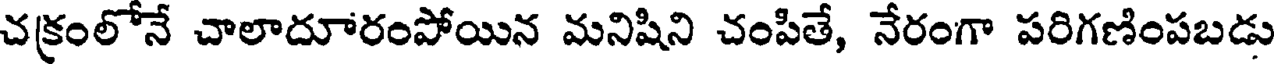
చక్రంలోనే చాలాదూరంపోయిన మనిషిని చంపితే, నేరంగా పరిగణింపబడు